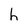
Character: h